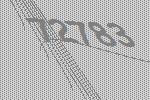
72783